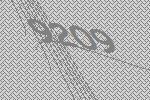
9209